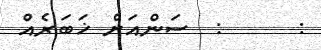
:      :  ސަންއަށް ޚަބަރެއް